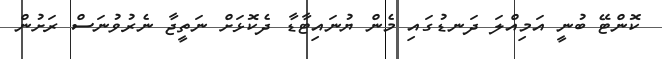
ކޮންޓޭ ބުނީ އަމިއްލަ ދަނޑުގައި މެން ޔުނައިޓާޑާ ދެކޮޅަށް ނަތީޖާ ނެރުވުނަސް ރަށުން